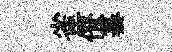
雀僚纂